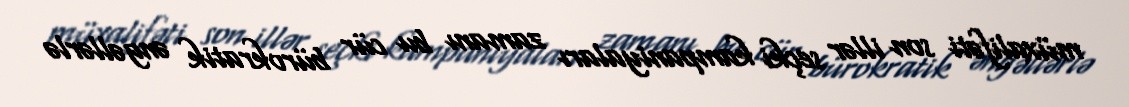
müxalifəti son illər seçki kampaniyaları zamanı bu cür bürokratik əngəllərlə